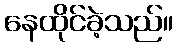
နေထိုင်ခဲ့သည်။